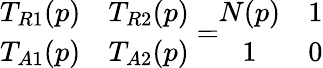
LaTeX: \begin{array}{cc}{{T_{R1}(p)}}&{{T_{R2}(p)}}\\ {{T_{A1}(p)}}&{{T_{A2}(p)}}\end{array}=\begin{array}{cc}{{N(p)}}&{{1}}\\ {{1}}&{{0}}\end{array}